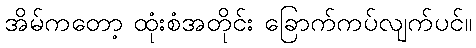
အိမ်ကတော့ ထုံးစံအတိုင်း ခြောက်ကပ်လျက်ပင်။